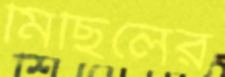
মিছিলের